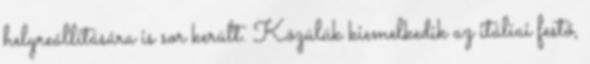
helyreállítására is sor került. Közülük kiemelkedik az itáliai festő,